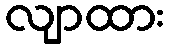
လျာထား